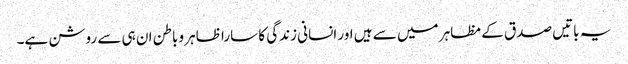
یہ باتیں صدق کے مظاہر میں سے ہیں اور انسانی زندگی کا سارا ظاہر وباطن ان ہی سے روشن ہے۔